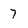
Character: 7